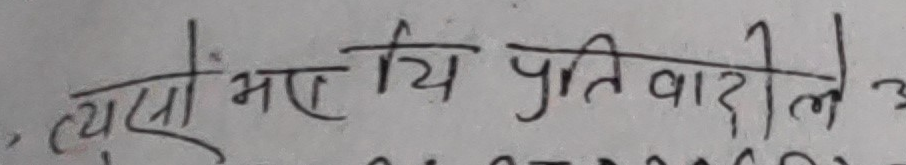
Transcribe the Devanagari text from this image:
त्यो भए यि प्रतिवादीले